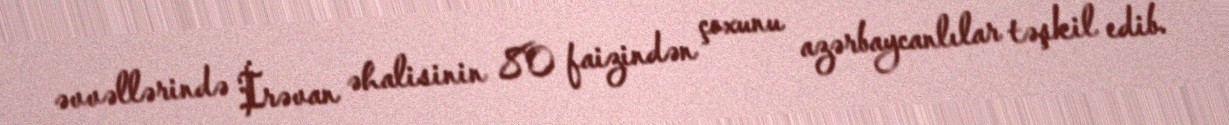
əvvəllərində İrəvan əhalisinin 80 faizindən çoxunu azərbaycanlılar təşkil edib.